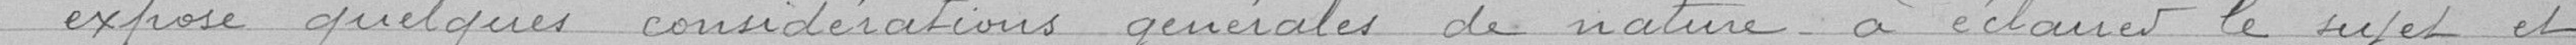
exposé quelques considérations générales de nature à éclairer le rejet et